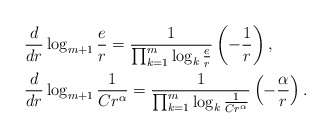
\begin{align*}&\frac{d}{dr} \log_{m+1} \frac{e}{r} = \frac{1}{\prod_{k=1} ^m \log_k \frac{e}{r} } \left ( -\frac{1}{r} \right ), \\&\frac{d}{dr} \log_{m+1} \frac{1}{Cr^\alpha} = \frac{1}{\prod_{k=1} ^m \log_k \frac{1}{Cr^\alpha} } \left ( -\frac{\alpha}{r} \right ).\end{align*}